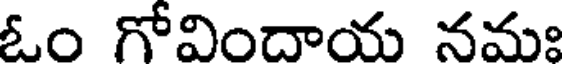
ఓం గోవిందాయ నమః